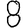
Digit: 8